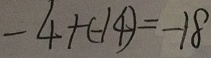
- 4 + ( - 1 4 ) = - 1 8